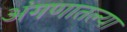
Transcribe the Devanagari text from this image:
अंगणातल्या